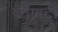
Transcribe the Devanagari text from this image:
वत्रावटी